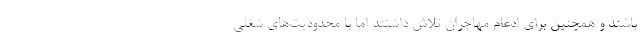
باشند و همچنین برای ادغام مهاجران تلاش داشتند اما با محدودیت‌های شغلی